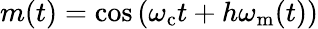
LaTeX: m(t)=\cos\left(\omega_{\mathrm{c}}t+h\omega_{\mathrm{m}}(t)\right)